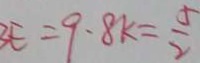
3 E = 9 \cdot 8 k = \frac { 5 } { 2 }